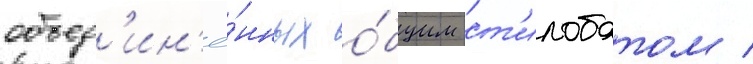
объед'ин'ё́нных о́бщим ст'илобатом /